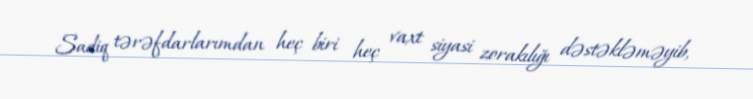
Sadiq tərəfdarlarımdan heç biri heç vaxt siyasi zorakılığı dəstəkləməyib,